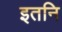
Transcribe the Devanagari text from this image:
इतनि